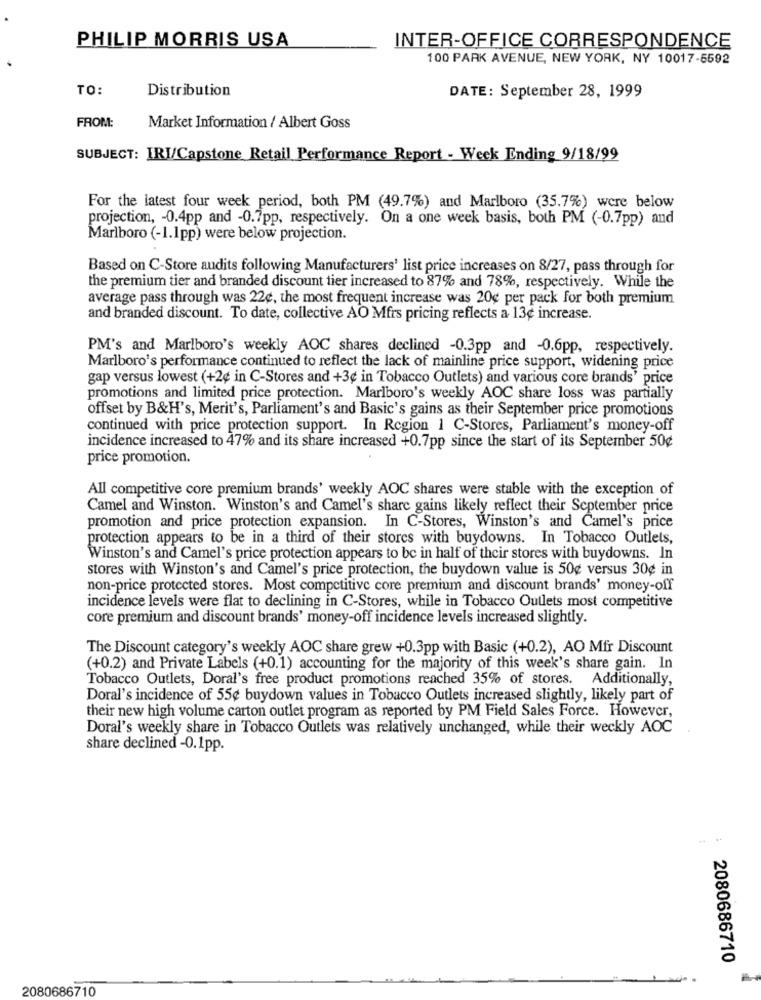
PHILIP MORRIS USA
INTER-OFFICE CORRESPONDENCE
100 PARK AVENUE, NEW YORK, NY 10017-5592
TO:
Distribution
DATE: September 28, 1999
FROM:
Market Information / Albert Goss
SUBJECT: IRI/Capstone Retail Performance Report - Week Ending 9/18/99
For the latest four week period, both PM (49.7%) and Marlboro (35.7%) were below
projection, - 0.4pp and -0.7pp, respectively. On a one week basis, both PM (-0.7pp) and
Marlboro (-1.1pp) were below projection.
Based on C-Store audits following Manufacturers' list price increases on 8/27, pass through for
the premium tier and branded discount tier increased to 87% and 78%, respectively. While the
average pass through was 22¢, the most frequent increase was 20¢ per pack for both premium
and branded discount. To date, collective AO Mfrs pricing reflects a 13¢ increase.
PM's and Marlboro's weekly AOC shares declined -0.3pp and -0.6pp, respectively.
Marlboro's performance continued to reflect the lack of mainline price support, widening price
gap versus lowest (+2¢ in C-Stores and +3¢ in Tobacco Outlets) and various core brands' price
promotions and limited price protection. Marlboro's weekly AOC share loss was partially
offset by B&H's, Merit's, Parliament's and Basic's gains as their September price promotions
continued with price protection support. In Region 1 C-Stores, Parliament's money-off
incidence increased to 47% and its share increased +0.7pp since the start of its September 50¢
price promotion.
All competitive core premium brands' weekly AOC shares were stable with the exception of
Camel and Winston. Winston's and Camel's share gains likely reflect their September price
promotion and price protection expansion. In C-Stores, Winston's and Camel's price
protection appears to be in a third of their stores with buydowns. In Tobacco Outlets,
Winston's and Camel's price protection appears to be in half of their stores with buydowns. In
stores with Winston's and Camel's price protection, the buydown value is 50¢ versus 30¢ in
non-price protected stores. Most competitive core premium and discount brands' money-off
incidence levels were flat to declining in C-Stores, while in Tobacco Outlets most competitive
core premium and discount brands' money-off incidence levels increased slightly.
The Discount category's weekly AOC share grew +0.3pp with Basic (+0.2), AO Mfr Discount
(+0.2) and Private Labels (+0.1) accounting for the majority of this week's share gain. In
Tobacco Outlets, Doral's free product promotions reached 35% of stores. Additionally,
Doral's incidence of 55¢ buydown values in Tobacco Outlets increased slightly, likely part of
their new high volume carton outlet program as reported by PM Field Sales Force. However,
Doral's weekly share in Tobacco Outlets was relatively unchanged, while their weekly AOC
share declined -0.1pp.
2080686710
2080686710